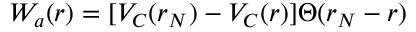
W _ { a } ( r ) = [ V _ { C } ( r _ { N } ) - V _ { C } ( r ) ] \Theta ( r _ { N } - r )